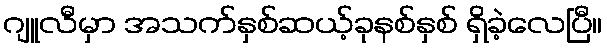
ဂျူလီမှာ အသက်နှစ်ဆယ့်ခုနစ်နှစ် ရှိခဲ့လေပြီ။